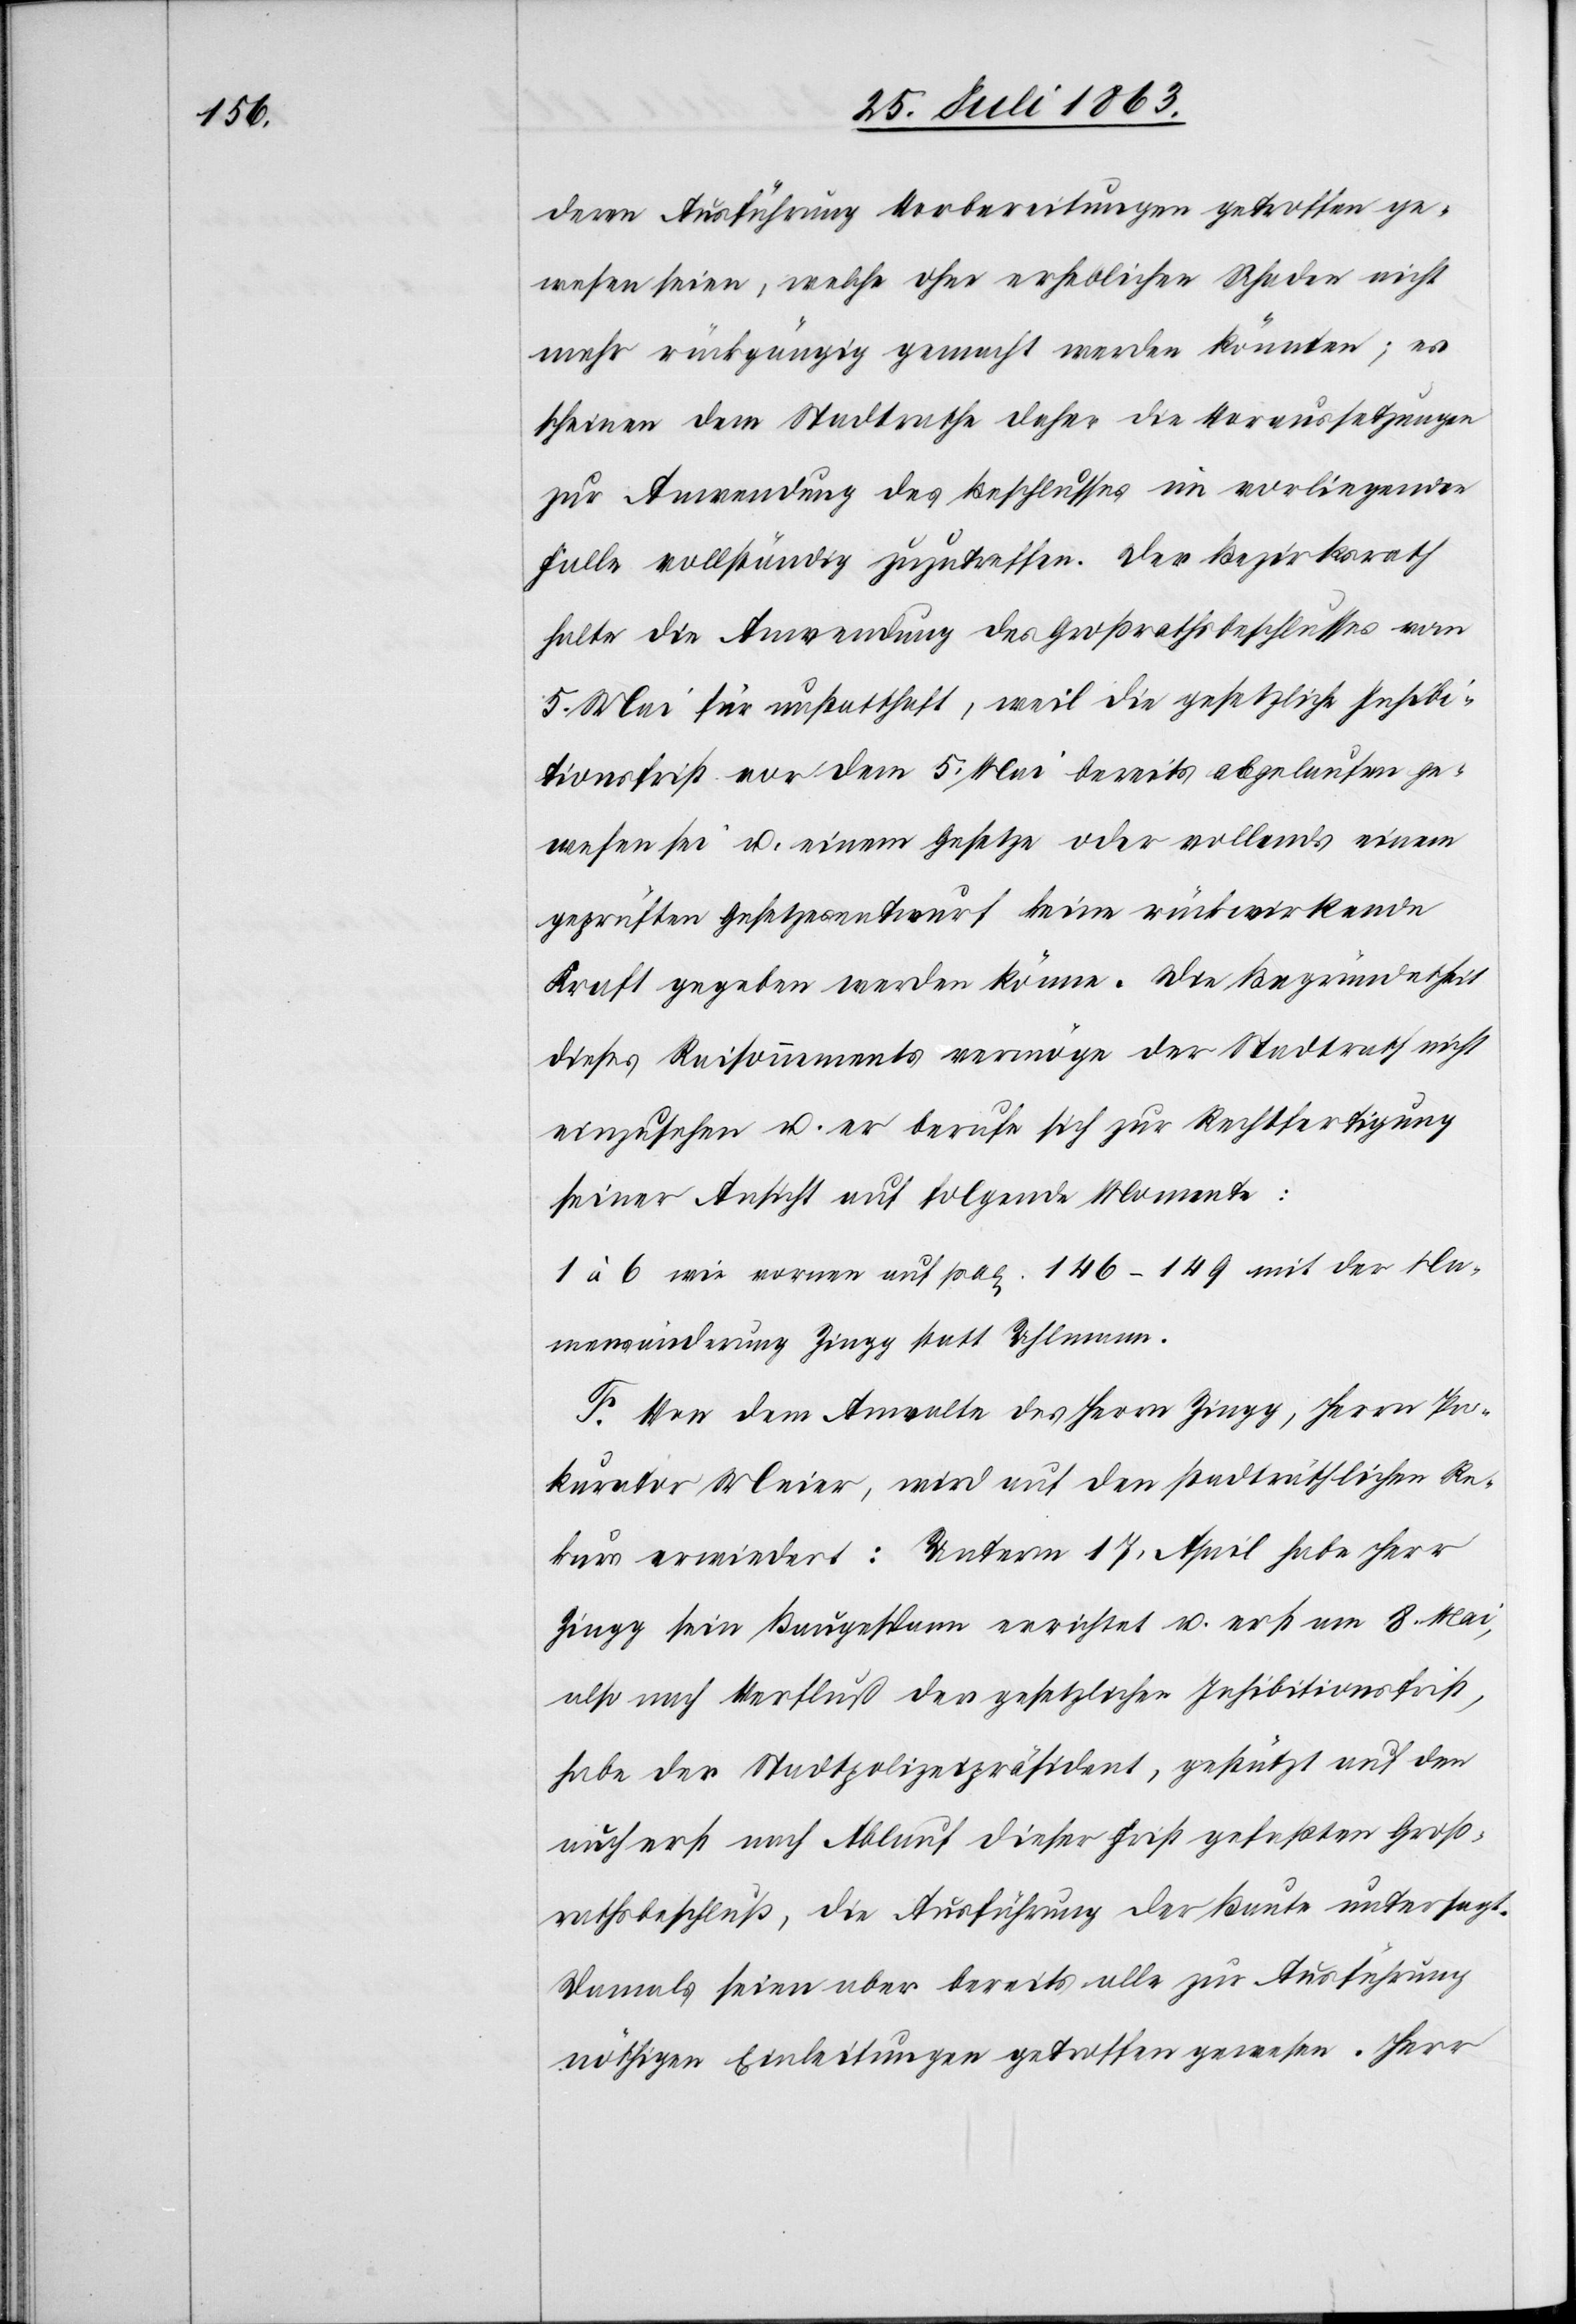
deren Ausführung Vorbereitungen getroffen ge¬
wesen seien, welche ohne erheblichen Schaden nicht
mehr rückgängig gemacht werden könnten; es
schienen dem Stadtrathe daher die Voraussetzungen
zur Anwendung des Beschlusses im vorliegenden
Falle vollständig zuzutreffen. Der Bezirksrath
halte die Anwendung des Großrathsbeschlusses vom
5. Mai für unstatthaft, weil die gesetzliche Inhibi¬
tionsfrist vor dem 5. Mai bereits abgelaufen ge¬
wesen sei u. einem Gesetze oder vollends einem
geprüften Gesetzesentwurf keine rückwirkende
Kraft gegeben werden könne. Die Begründetheit
dieses Raisonnements vermöge der Stadtrath nicht
einzusehen u. er berufe sich zur Rechtfertigung
seiner Ansicht auf folgende Momente:
1 à 6 wie vornen auf pag. 146–149 mit der Na¬
mensänderung Zingg statt Uhlmann.
F. Von dem Anwalte des Herrn Zingg, Herrn Pro¬
kurator Meier, wird auf den stadträthlichen Re¬
kurs erwiedert: Unterm 17. April habe Herr
Zingg sein Baugespann errichtet u. erst am 8. Mai,
also nach Verfluß der gesetzlichen Inhibitionsfrist,
habe der Stadtpolizeipräsident, gestützt auf den
auch erst nach Ablauf dieser Frist gefaßten Groß¬
rathsbeschluß, die Ausführung der Baute untersagt.
Damals seien aber bereits alle zur Ausführung
nöthigen Einleitungen getroffen gewesen. Herr